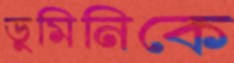
ডুমিনিকে